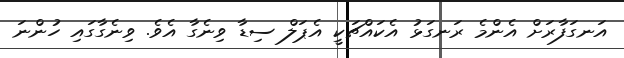
އަނގަފާރަށް އެންމެ ރަނގަޅު އެކައްޗަކީ އެޕަލް ސިޑާ ވިނެގާ އެވެ. ވިނެގާގައި ހުންނަ